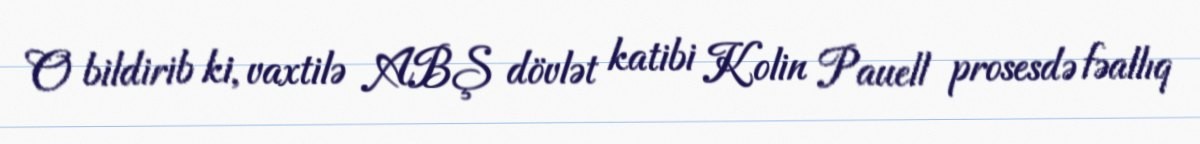
O bildirib ki, vaxtilə ABŞ dövlət katibi Kolin Pauell prosesdə fəallıq